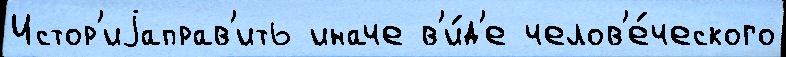
Истор'иjаправ'ить иначе в'и́д'е челов'е́ческого